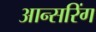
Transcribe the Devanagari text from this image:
आन्सरिंग